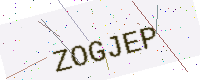
Text: ZOGJEP